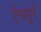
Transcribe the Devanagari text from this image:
ऐनापूरे